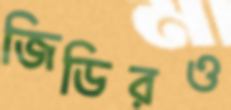
জিডিরও